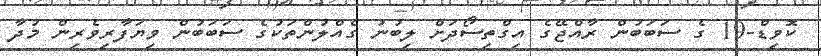
ކޮވިޑް-19 ގެ ސަބަބުން ރާއްޖޭގެ އިގްތިސޯދަށް ލިބުނު ގެއްލުންތަކުގެ ސަބަބުން ވިޔަފާރިވެރިން މުދާ